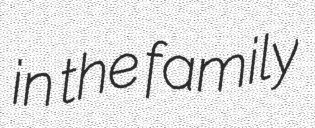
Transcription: in the family